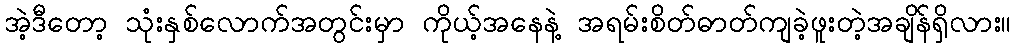
အဲ့ဒီတော့ သုံးနှစ်လောက်အတွင်းမှာ ကိုယ့်အနေနဲ့ အရမ်းစိတ်ဓာတ်ကျခဲ့ဖူးတဲ့အချိန်ရှိလား။